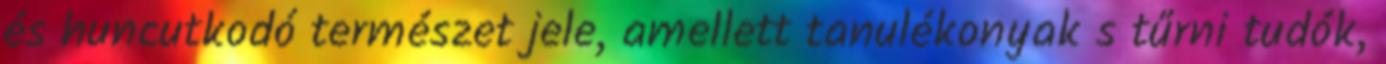
és huncutkodó természet jele, amellett tanulékonyak s tűrni tudók,